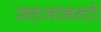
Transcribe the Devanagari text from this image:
सहजानन्दो